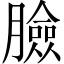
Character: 臉